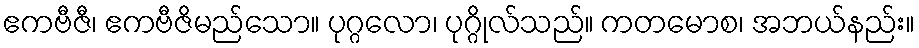
ဧကဗီဇီ၊ ဧကဗီဇိမည်သော။ ပုဂ္ဂလော၊ ပုဂ္ဂိုလ်သည်။ ကတမောစ၊ အဘယ်နည်း။